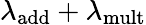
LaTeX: \lambda_{\mathrm{add}}+\lambda_{\mathrm{mult}}